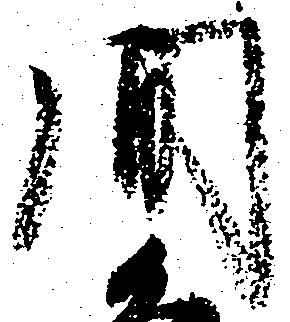
間